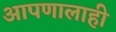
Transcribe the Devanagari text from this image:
आपणालाही